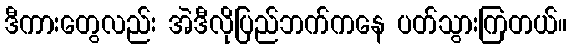
ဒီကားတွေလည်း အဲဒီလိုပြည်ဘက်ကနေ ပတ်သွားကြတယ်။